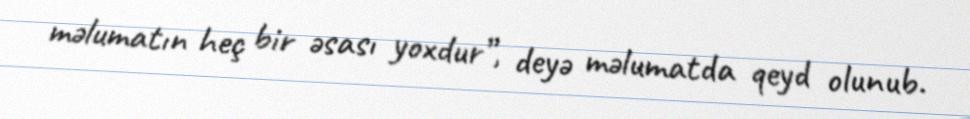
məlumatın heç bir əsası yoxdur”, deyə məlumatda qeyd olunub.